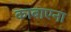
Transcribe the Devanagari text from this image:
काबाएना